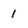
Character: 1